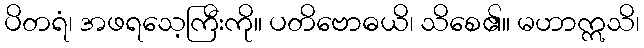
ပိတရံ၊ အဖရသေ့ကြီးကို။ ပတိဗောဓယိ၊ သိစေ၏။ မဟာဣသိ၊